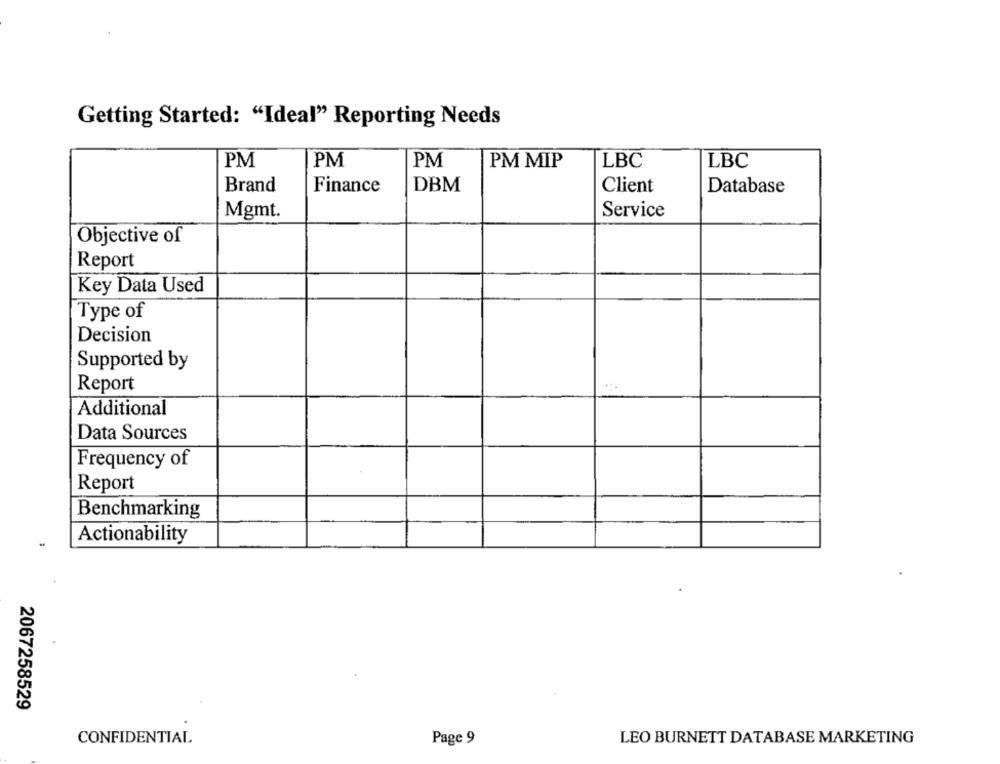
Getting Started: "Ideal" Reporting Needs
PM
PM
PM
PM MIP
LBC
LBC
Brand
Finance
DBM
Client
Database
Mgmt.
Service
Objective of
Report
Key Data Used
Type of
Decision
Supported by
Report
Additional
Data Sources
Frequency of
Report
Benchmarking
Actionability
2067258529
CONFIDENTIAL
Page 9
LEO BURNETT DATABASE MARKETING